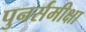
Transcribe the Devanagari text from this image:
पुनर्समीक्षा